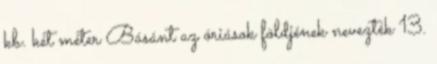
kb. két méter Básánt az óriások földjének nevezték 13.